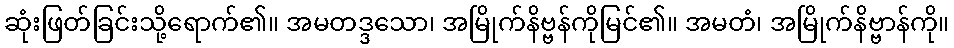
ဆုံးဖြတ်ခြင်းသို့ရောက်၏။ အမတဒ္ဒသော၊ အမြိုက်နိဗ္ဗန်ကိုမြင်၏။ အမတံ၊ အမြိုက်နိဗ္ဗာန်ကို။